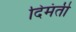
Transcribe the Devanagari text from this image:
दिमंती